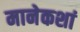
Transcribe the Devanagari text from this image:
मानेकशां